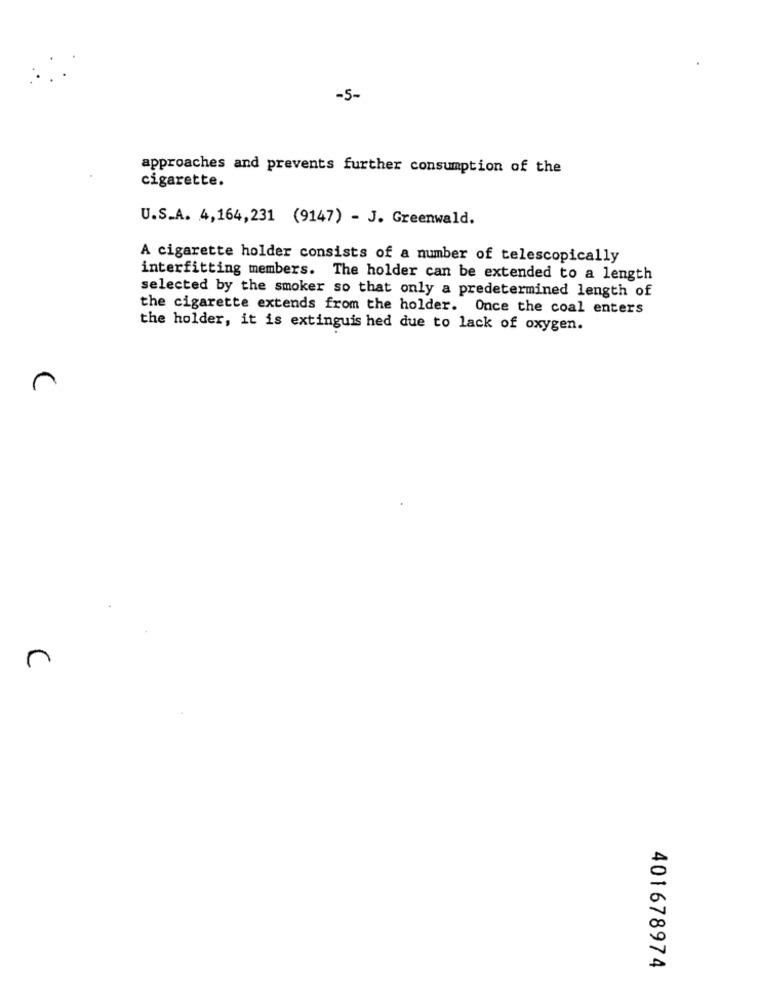
-5-
approaches and prevents further consumption of the
cigarette.
U.S.A. 4,164,231 (9147) - J. Greenwald.
A cigarette holder consists of a number of telescopically
interfitting members. The holder can be extended to a length
selected by the smoker so that only a predetermined length of
the cigarette extends from the holder. Once the coal enters
the holder, it is extinguis hed due to lack of oxygen.
C
401678974